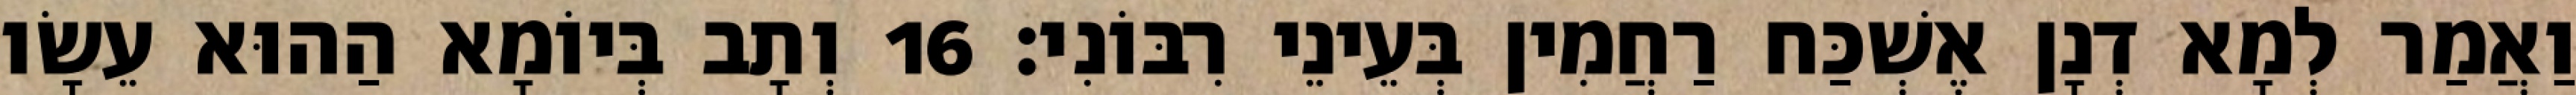
וַאֲמַר לְמָא דְנָן אֶשְׁכַּח רַחֲמִין בְּעֵינֵי רִבּוֹנִי׃ 16 וְתָב בְּיוֹמָא הַהוּא עֵשָׂו